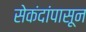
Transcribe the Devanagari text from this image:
सेकंदांपासून